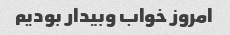
امروز خواب وبیدار بودیم